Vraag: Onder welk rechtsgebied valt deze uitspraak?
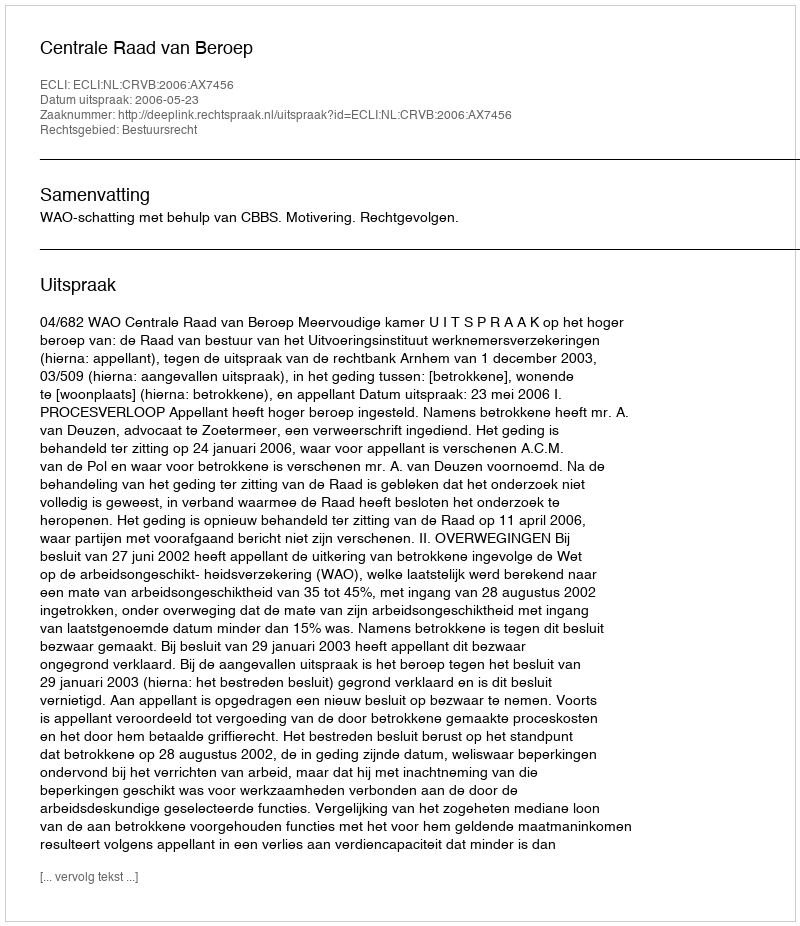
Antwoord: Bestuursrecht